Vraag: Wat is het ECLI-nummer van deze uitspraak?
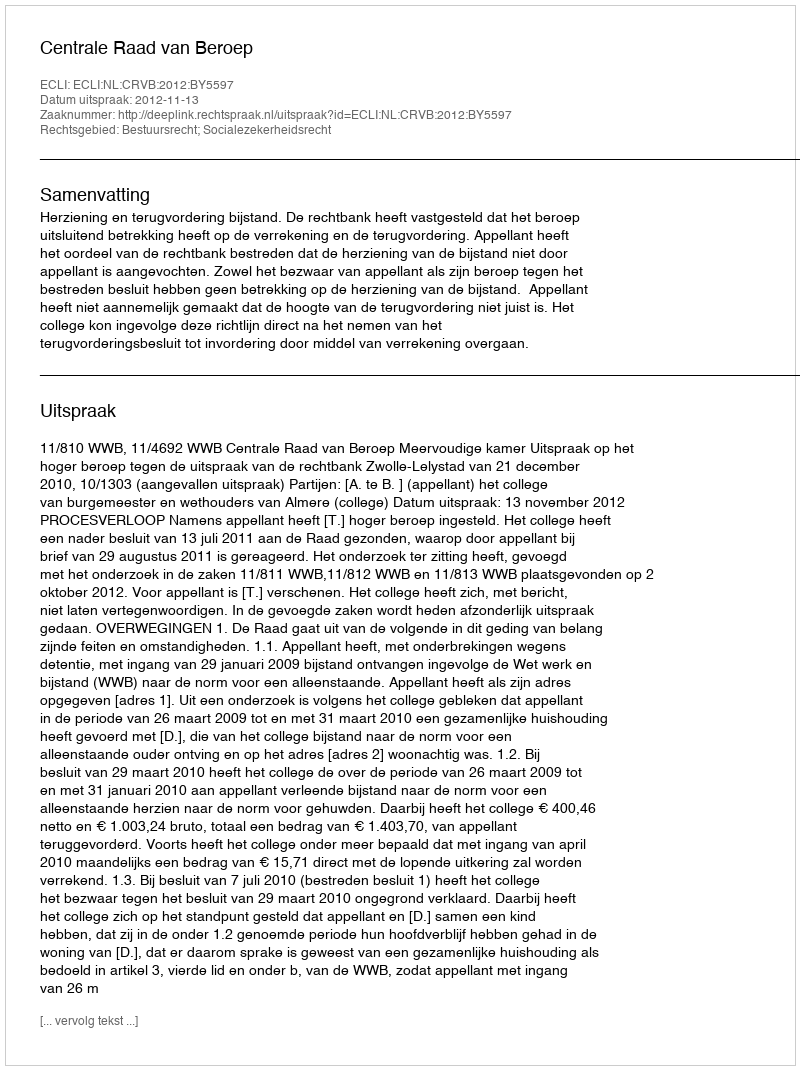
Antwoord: ECLI:NL:CRVB:2012:BY5597